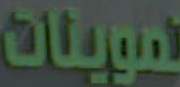
تموينات